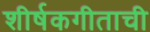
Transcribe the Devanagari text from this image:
शीर्षकगीताची